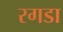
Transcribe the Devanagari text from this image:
रगडा